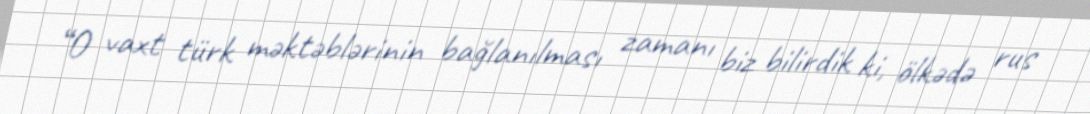
“O vaxt türk məktəblərinin bağlanılması zamanı biz bilirdik ki, ölkədə rus